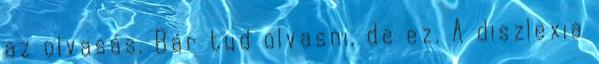
az olvasás. Bár tud olvasni, de ez. A diszlexia